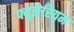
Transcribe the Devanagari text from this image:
फ्युझेरियम